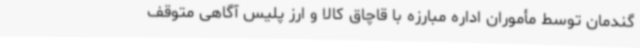
گندمان توسط مأموران اداره مبارزه با قاچاق کالا و ارز پلیس آگاهی متوقف